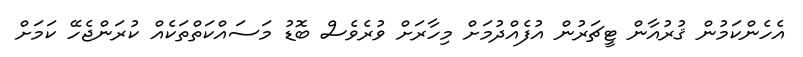
އެހެންކަމުން ޤުރުއާން ޓީޗަރުން އުފެއްދުމަށް މިހާރަށް ވުރެވެސް ބޮޑު މަސައްކަތްތަކެއް ކުރަންޖެހޭ ކަަމަށް